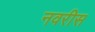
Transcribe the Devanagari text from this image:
नवरीस